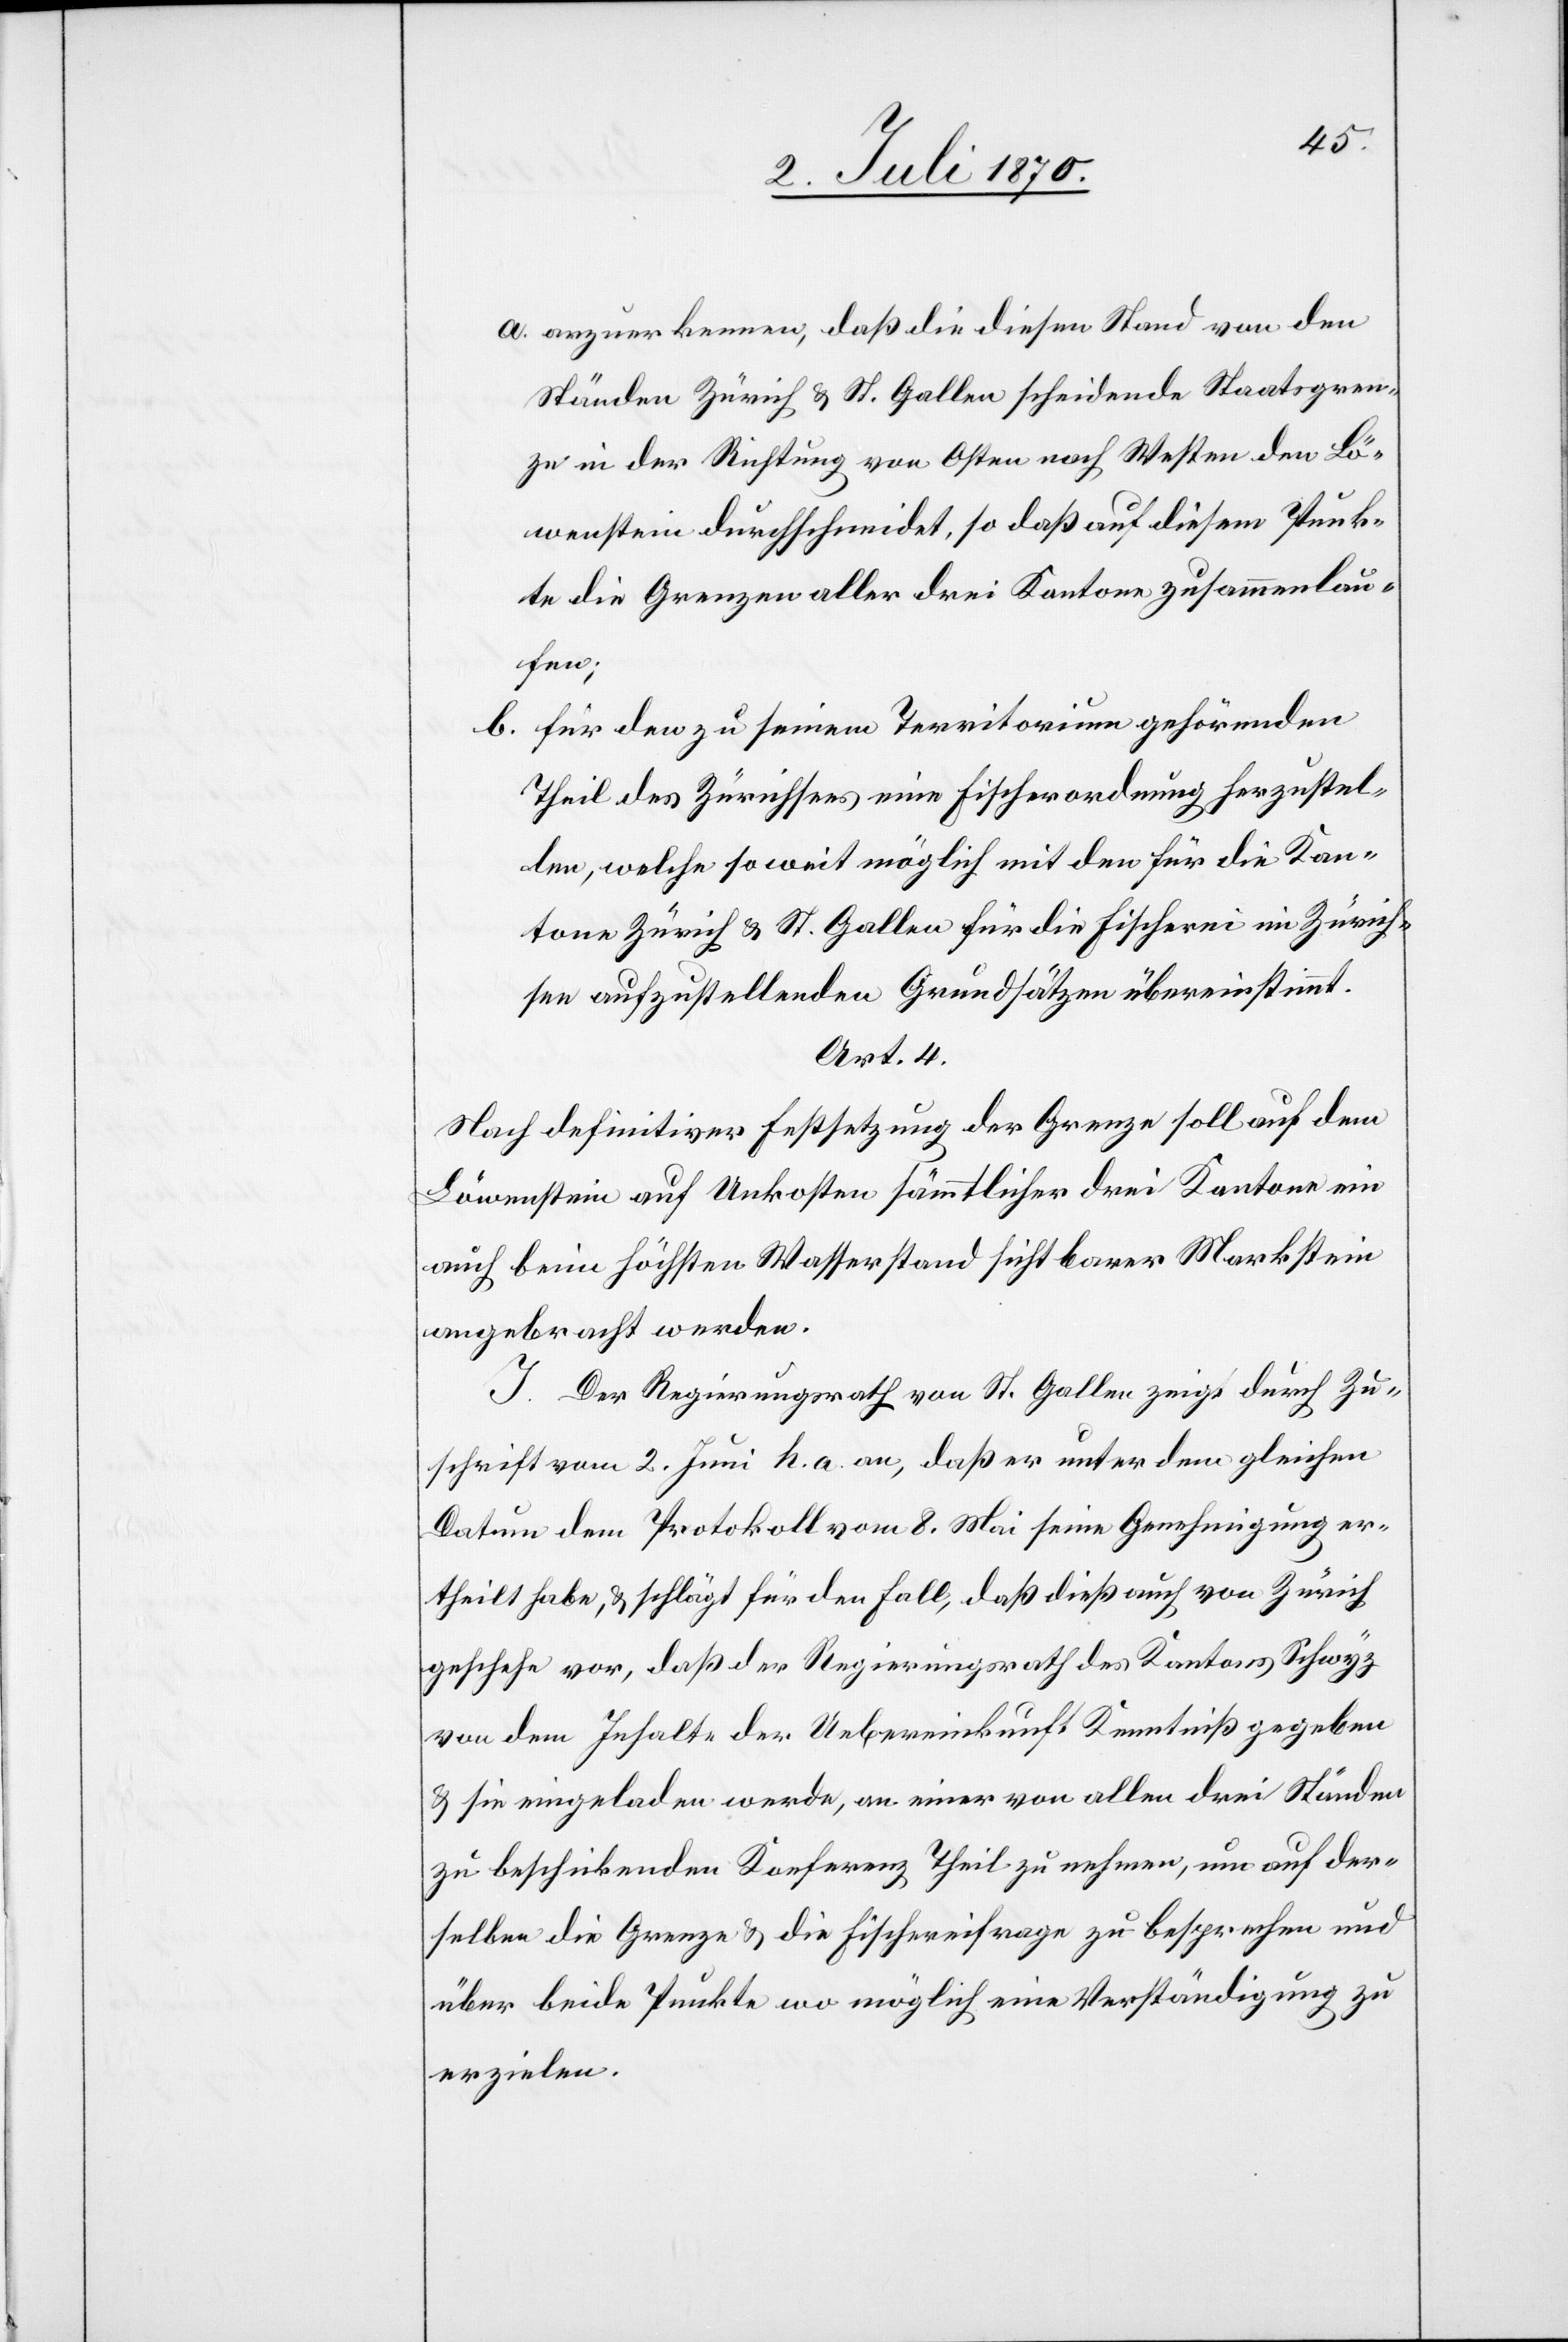
a. anzuerkennen, daß die diesen Stand von den
Ständen Zürich & St. Gallen scheidende Staatsgren¬
ze in der Richtung von Osten nach Westen den Lö¬
wenstein durchschneidet, so daß auf diesem Punk¬
te die Grenzen aller drei Kantone zusammenlau¬
fen;
b. für den zu seinem Territorium gehörenden
Theil des Zürichsees eine Fischerordnung herzustel¬
len, welche so weit möglich mit den für die Kan¬
tone Zürich & St. Gallen für die Fischerei im Zürich¬
see aufzustellenden Grundsätzen übereinstimmt.
Art. 4.
Nach definitiver Festsetzung der Grenze soll auf dem
Löwenstein auf Unkosten sämmtlicher drei Kantone ein
auch beim höchsten Wasserstand sichtbarer Markstein
angebracht werden.
I. Der Regierungsrath von St. Gallen zeigt durch Zu¬
schrift vom 2. Juni h. a. an, daß er unter dem gleichen
Datum dem Protokoll vom 8. Mai seine Genehmigung er¬
theilt habe, & schlägt für den Fall, daß dieß auch von Zürich
geschehe vor, daß der Regierungsrath [recte: der Regierung]
von dem Inhalte der Uebereinkunft Kenntniß gegeben
& sie eingeladen werde, an einer von allen drei Ständen
zu beschickenden Konferenz Theil zu nehmen, um auf der¬
selben die Grenze & die Fischereifrage zu besprechen und
über beide Punkte wo möglich eine Verständigung zu
erzielen.